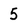
Character: 5